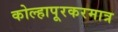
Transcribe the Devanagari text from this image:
कोल्हापूरकरमात्र